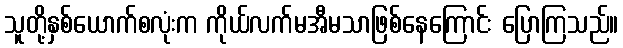
သူတို့နှစ်ယောက်စလုံးက ကိုယ်လက်မအီမသာဖြစ်နေကြောင်း ပြောကြသည်။